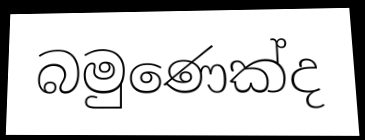
බමුණෙක්ද